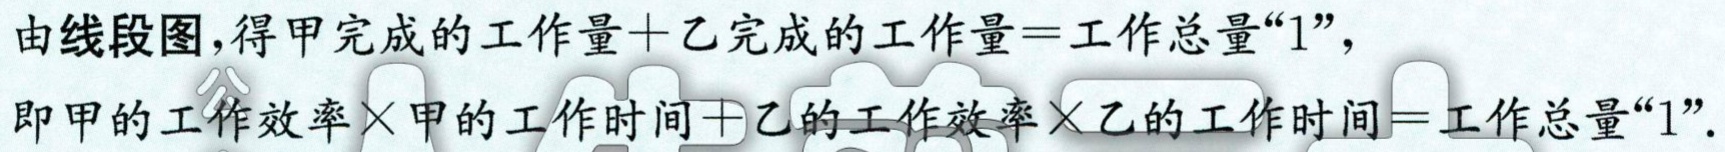
由线段图,得甲完成的工作量+乙完成的工作量=工作总量“1”，

即甲的工作效率×甲的工作时间+乙的工作效率×乙的工作时间=工作总量“1”.